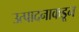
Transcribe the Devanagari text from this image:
उत्पादनाकडून